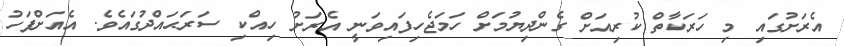
އެރަށުގައި މި ހަރަކާތް ކުރިއަށް ގެންދިޔުމަށް ހަމަޖެހިފައިވަނީ އެރަށު ހިއްކި ސަރަޙައްދުގައެވެ. އެއަށްފަހު